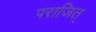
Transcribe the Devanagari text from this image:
पराजित्